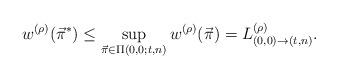
LaTeX: \begin{align*} w^{(\rho)}(\vec{\pi}^*)\leq\sup_{\vec{\pi}\in\Pi(0,0;t,n)}w^{(\rho)}(\vec{\pi})= L^{(\rho)}_{(0,0)\to(t,n)}.\end{align*}